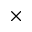
\times